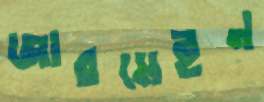
জারমেইন